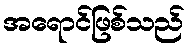
အရောင်ဖြစ်သည်